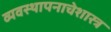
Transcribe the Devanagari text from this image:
व्यवस्थापनाचेशास्त्र